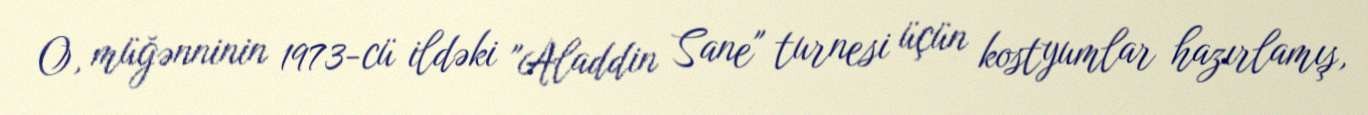
O, müğənninin 1973-cü ildəki "Aladdin Sane" turnesi üçün kostyumlar hazırlamış,